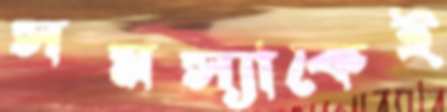
সমস্যাকেই